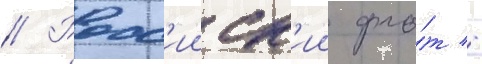
// Росс'ииск'ии фло́т -